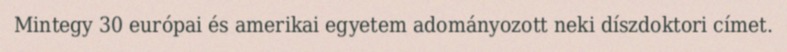
Mintegy 30 európai és amerikai egyetem adományozott neki díszdoktori címet.